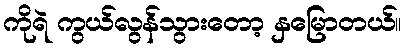
ကိုရဲ ကွယ်လွန်သွားတော့ နှမြောတယ်။